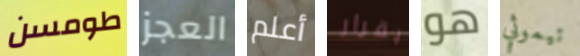
طومسن العجز أعلم بقرار هو تيموثي